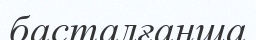
басталғанша